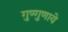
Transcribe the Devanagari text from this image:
गुण्गुणाये